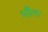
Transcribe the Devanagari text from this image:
भील।